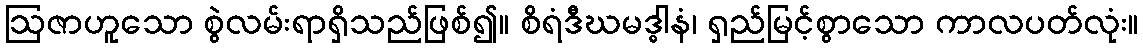
ဩဇာဟူသော စွဲလမ်းရာရှိသည်ဖြစ်၍။ စိရံဒီဃမဒ္ဓါနံ၊ ရှည်မြင့်စွာသော ကာလပတ်လုံး။